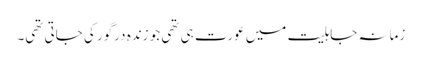
زمانہ جاہلیت میں عورت ہی تھی جو زندہ درگور کی جاتی تھی۔